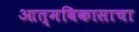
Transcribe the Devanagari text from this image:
आत्मविकासाचा